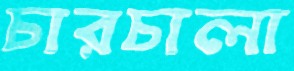
চারচালা